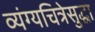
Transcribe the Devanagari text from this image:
व्यंग्यचित्रेसुद्धा